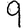
Digit: 9